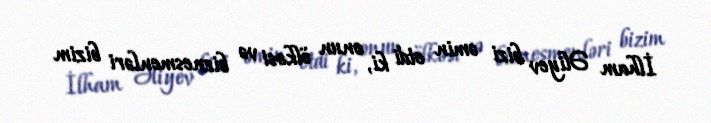
İlham Əliyev bizi əmin etdi ki, onun ölkəsi və biznesmenləri bizim